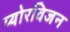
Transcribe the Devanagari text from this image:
प्योरविजन